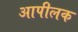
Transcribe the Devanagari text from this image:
आपीलक